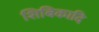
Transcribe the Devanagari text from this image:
शिबिकादि